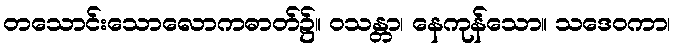
တသောင်းသောလောကဓာတ်၌။ ဝသန္တာ၊ နေကုန်သော။ သဒေဝကာ၊